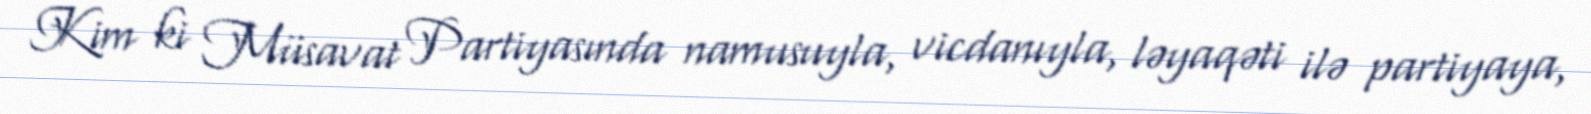
Kim ki Müsavat Partiyasında namusuyla, vicdanıyla, ləyaqəti ilə partiyaya,